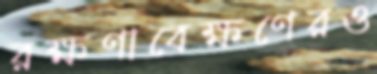
রক্ষণাবেক্ষণেরও